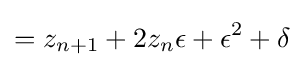
=z_{n+1}+2z_{n}\epsilon +\epsilon ^{2}+\delta